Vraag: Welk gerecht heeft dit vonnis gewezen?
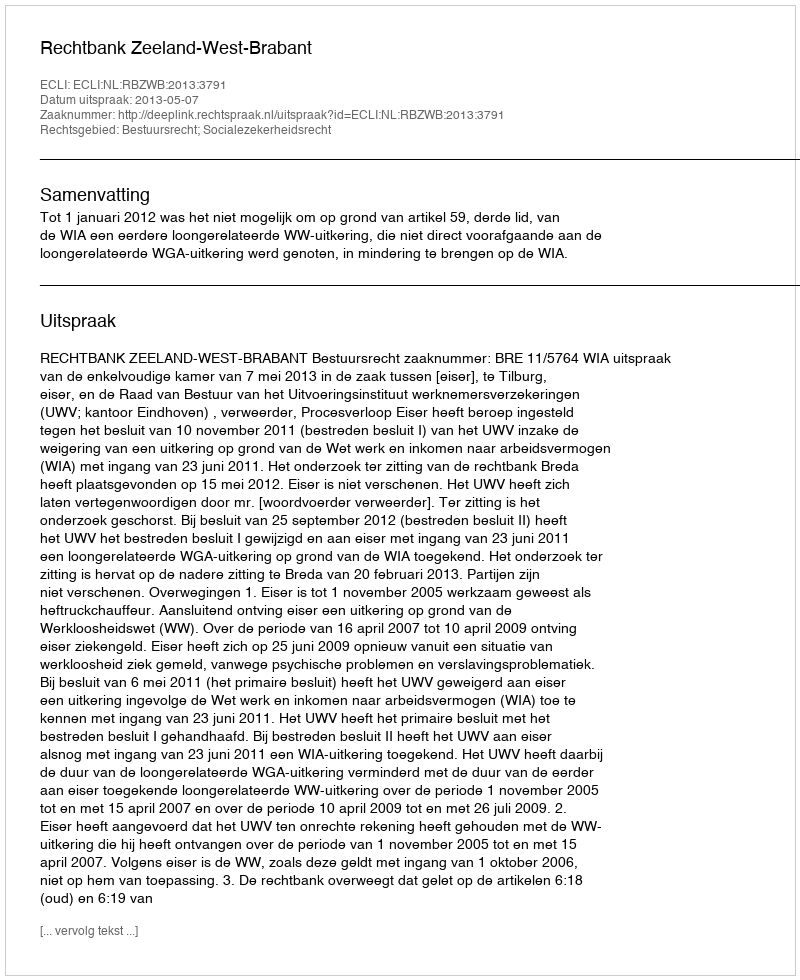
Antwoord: Rechtbank Zeeland-West-Brabant